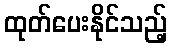
ထုတ်ပေးနိုင်သည့်